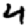
Digit: 4